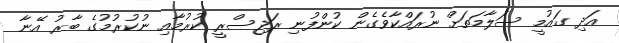
އަދި ގައުމީ ސަލާމަތަށް ނުރައްކާވެގެން ކުންފުނި ރަޖިސްރީ ކުރުމާއި ނުކުރުމުގެ ބާރު އޭނާ